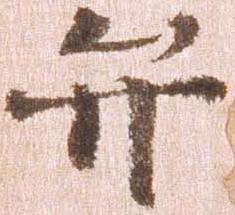
弁